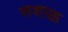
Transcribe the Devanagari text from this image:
सशाक्त